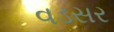
વડસર